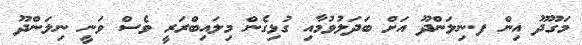
މަގޫދޫ އިން ފ.ނިލަންދޫ އަށް ބަދަލުވުމާއި ގުޅިގެން މިލައިބްރަރީ ވެސް ވަނީ ނިލަންދޫ